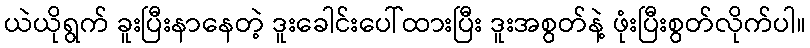
ယဲယိုရွက် ခူးပြီးနာနေတဲ့ ဒူးခေါင်းပေါ်ထားပြီး ဒူးအစွတ်နဲ့ ဖုံးပြီးစွတ်လိုက်ပါ။